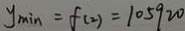
y _ { \min } = f ( 2 ) = 1 0 5 9 2 0